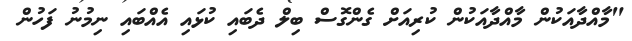
"މާއްދާއަކުން މާއްދާއަކުން ކުރިއަށް ގެންގޮސް ބިލް ދެބައި ކުޅައި އެއްބައި ނިމުނު ފަހުން